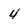
Character: 4